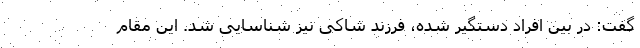
گفت: در بین افراد دستگیر شده، فرزند شاکی نیز شناسایی شد. این مقام